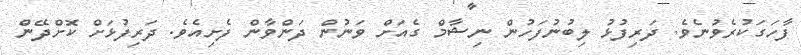
ފާހަގަކުރެވުނެވެ. ދަރިފުޅު ލިބުނުފަހުން ނިޝާމް ގެއަށް ވަނުން ދަންވާން ފެށިއެވެ. ދަރިފުޅަށް ކޮށްދޭން